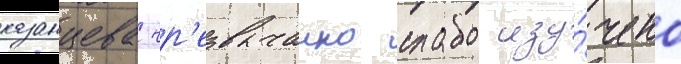
казанцева чр'езвычаино слабо изу́чено